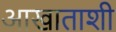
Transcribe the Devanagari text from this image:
आखाताशी